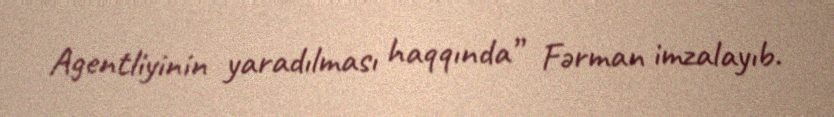
Agentliyinin yaradılması haqqında” Fərman imzalayıb.